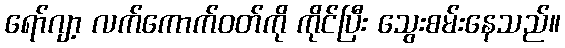
ရော်ဂျာ့ လက်ကောက်ဝတ်ကို ကိုင်ပြီး သွေးစမ်းနေသည်။